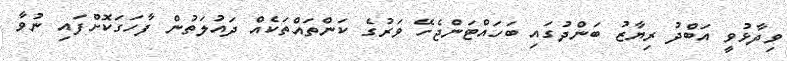
ވިދާޅުވީ އަބްދު ރިޔާޒު ބަންދުގައި ބަހައްޓަންޖެހޭ ވަރުގެ ކަންތައްތަކެއް ދައުލަތުން ފާހަގަކޮށްފައި ނުވާ